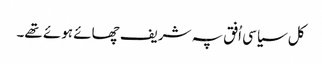
کل سیاسی اُفق پہ شریف چھائے ہوئے تھے۔